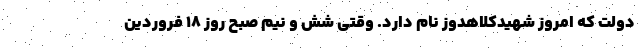
دولت که امروز شهیدکلاهدوز نام دارد. وقتی شش و نیم صبح روز ۱۸ فروردین